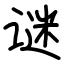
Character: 谜